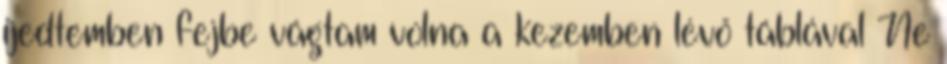
ijedtemben fejbe vágtam volna a kezemben lévő táblával Ne